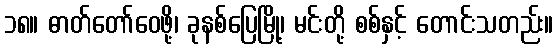
၁၈။ ဓာတ်တော်ဝေဖို့၊ ခုနစ်ပြေမြို့၊ မင်းတို့ စစ်နှင့် တောင်းသတည်း။